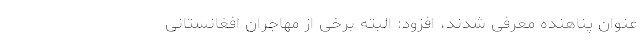
عنوان پناهنده معرفی شدند، افزود: البته برخی از مهاجران افغانستانی